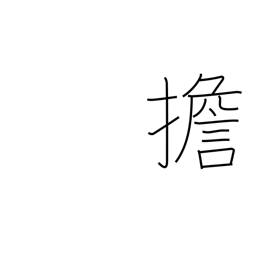
Meaning: carry